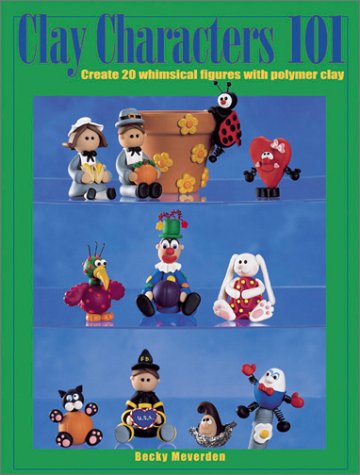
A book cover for Clay Characters 101; Becky Meverden; Crafts, Hobbies & Home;